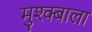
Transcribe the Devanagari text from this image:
मुश्क्बाला